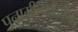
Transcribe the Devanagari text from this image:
पुनामीत्यर्थेऽस्मिन्